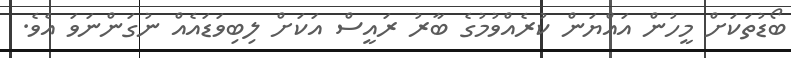
ބޯޑުތަަކަށް މީހުން އައްޔަން ކުރެއްވުމުގެ ބާރު ރައީސް އަކަށް ލިބިވަޑައެއް ނުގަންނަވަ އެވެ.